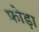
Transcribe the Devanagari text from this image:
फ़ोड़ा